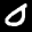
Label: 0